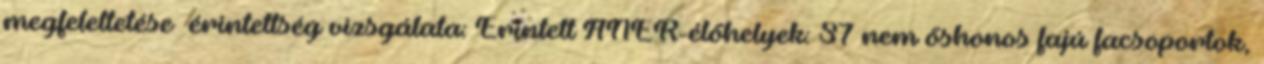
megfeleltetése érintettség vizsgálata: Érintett ÁNÉR-élőhelyek: S7 nem őshonos fajú facsoportok,